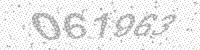
Solution: 061963